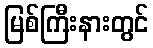
မြစ်ကြီးနားတွင်